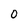
Character: O